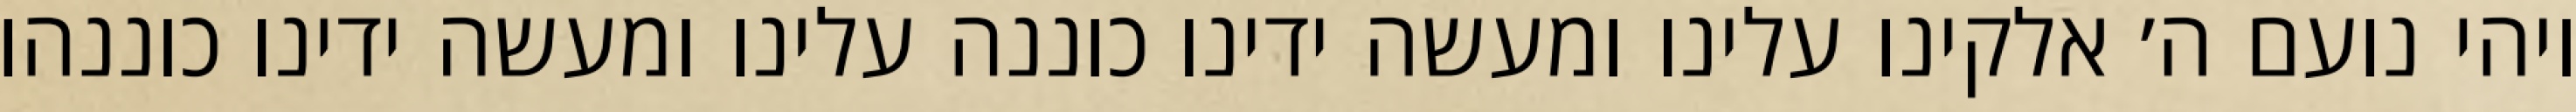
ויהי נועם ה׳ אלקינו עלינו ומעשה ידינו כוננה עלינו ומעשה ידינו כוננהו